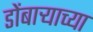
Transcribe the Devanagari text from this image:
डोंबार्‍याच्या